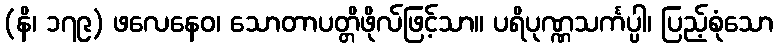
(နိ၊ ၁၇၉) ဖလေနေဝ၊ သောတာပတ္တိဖိုလ်ဖြင့်သာ။ ပရိပုဏ္ဏသင်္ကပ္ပါ၊ ပြည့်စုံသော